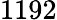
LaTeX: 1192